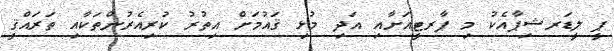
ޕީ ލީޑަރޝިޕާއެކު މި ޕާރޓީއަށާއި އަދި މުޅި ޤައުމަށް އިތުރު ކުރިއެރުންތަކާއި ތަރައްޤީ